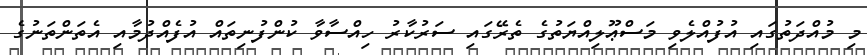
މި މުއްދަތުގައި އުފުއްލެވި މަސްޢޫލިއްޔަތުގެ ތެރޭގައި ސަރުކާރު ހިއްސާވާ ކުންފުނިތައް އުފެއްދުމާއި އެތަންތަނުގެ